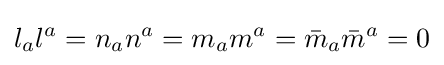
l_{a}l^{a}=n_{a}n^{a}=m_{a}m^{a}={\bar {m}}_{a}{\bar {m}}^{a}=0